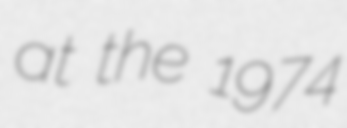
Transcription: at the 1974